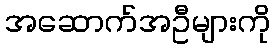
အဆောက်အဦများကို